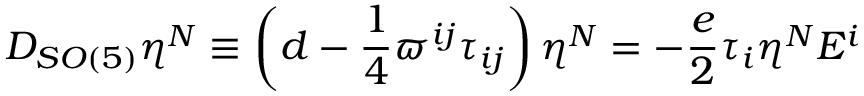
D _ { S O ( 5 ) } \eta ^ { N } \equiv \left( d - \frac { 1 } { 4 } \varpi ^ { i j } \tau _ { i j } \right) \eta ^ { N } = - \frac { e } { 2 } \tau _ { i } \eta ^ { N } E ^ { i }